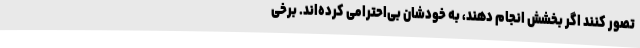
تصور کنند اگر بخشش انجام دهند، به خودشان بی‌احترامی کرده‌اند. برخی